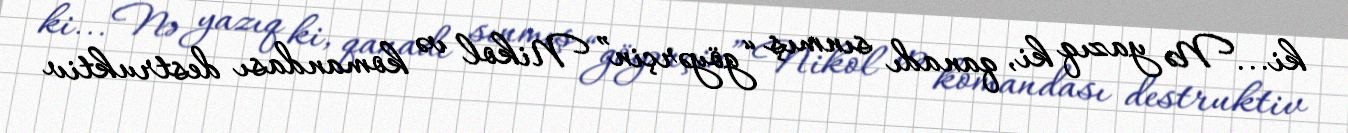
ki... Nə yazıq ki, qanadı sınmış “göyərçin” Nikol və komandası destruktiv